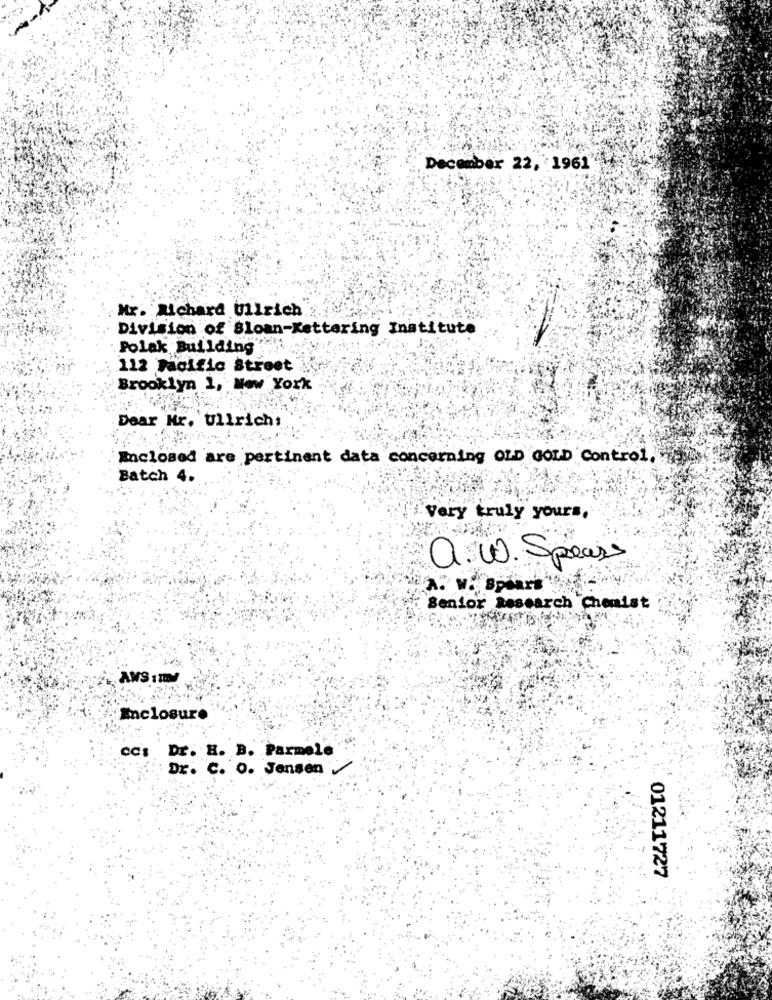
December 22, 1961
Mr. Michard Ullrich
Division of Bloan-Kettering Institute
Polak Building
112 Pacific Street
Brooklyn 1, New York
Dear Mr. Ullrich:
Enclosed are pertinent data concerning OLD GOLD Control,
Batch 4.
Very truly yours,
a. W. Specss
Spears
Senior Research Chemist
AWS 110MM
Enclosure
ccs
Dr. H. B. Parmele
Dr. C. O. Jensen
01211727